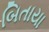
બિતાયા